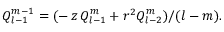
Q _ { l - 1 } ^ { m - 1 } = ( - \, z \, Q _ { l - 1 } ^ { m } + r ^ { 2 } Q _ { l - 2 } ^ { m } ) / ( l - m ) .